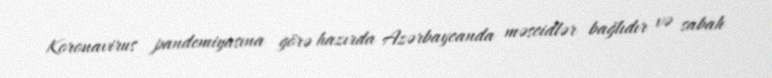
Koronavirus pandemiyasına görə hazırda Azərbaycanda məscidlər bağlıdır və sabah